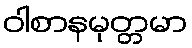
ဝါစာနမုတ္တမာ